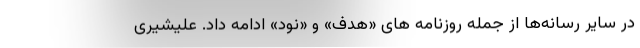
در سایر رسانه‌ها از جمله روزنامه های «هدف» و «نود» ادامه داد. علیشیری